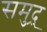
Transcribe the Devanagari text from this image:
समुद्र्